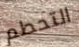
التحطم